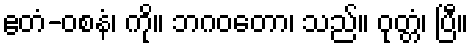
ဧတံ-ဝစနံ၊ ကို။ ဘဂဝတော၊ သည်။ ဝုတ္တံ၊ ပြီ။